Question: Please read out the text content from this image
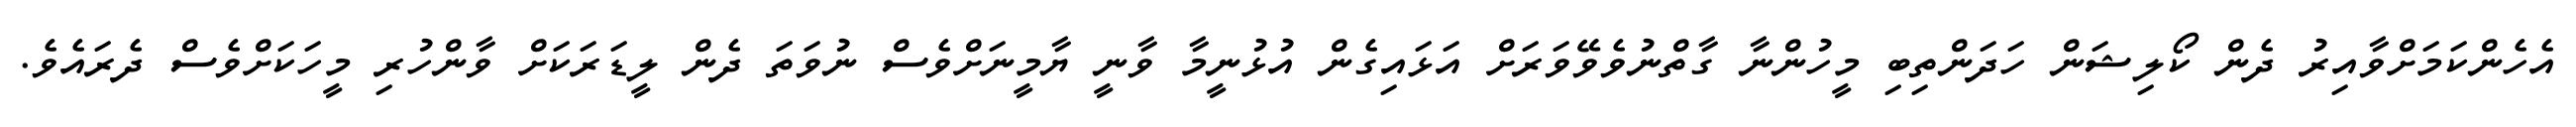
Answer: އެހެންކަމަށްވާއިރު ދެން ކޯލިޝަން ހަދަންތިބި މީހުންނާ ގާތްނުވެވޭވަރަށް އަޅައިގެން އުޅުނީމާ ވާނީ ޔާމީނަށްވެސް ނުވަތަ ދެން ލީޑަރަކަށް ވާންހުރި މީހަކަށްވެސް ދެރައެވެ.